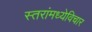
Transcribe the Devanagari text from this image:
स्तरांमध्येविचार